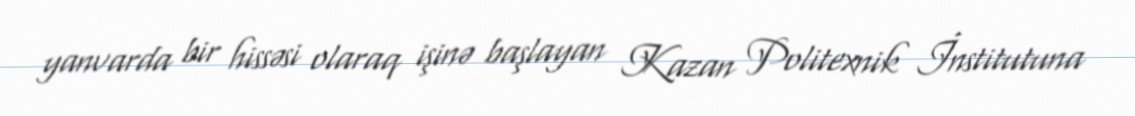
yanvarda bir hissəsi olaraq işinə başlayan Kazan Politexnik İnstitutuna